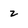
Character: 2